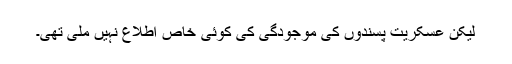
لیکن عسکریت پسندوں کی موجودگی کی کوئی خاص اطلاع نہیں ملی تھی۔